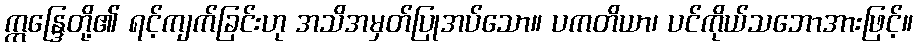
ဣန္ဒြေတို့၏ ရင့်ကျက်ခြင်းဟု အသိအမှတ်ပြုအပ်သော။ ပကတိယာ၊ ပင်ကိုယ်သဘောအားဖြင့်။